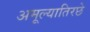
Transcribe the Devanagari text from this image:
अमूल्यातिरछे